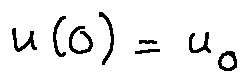
u ( 0 ) = u _ { 0 }